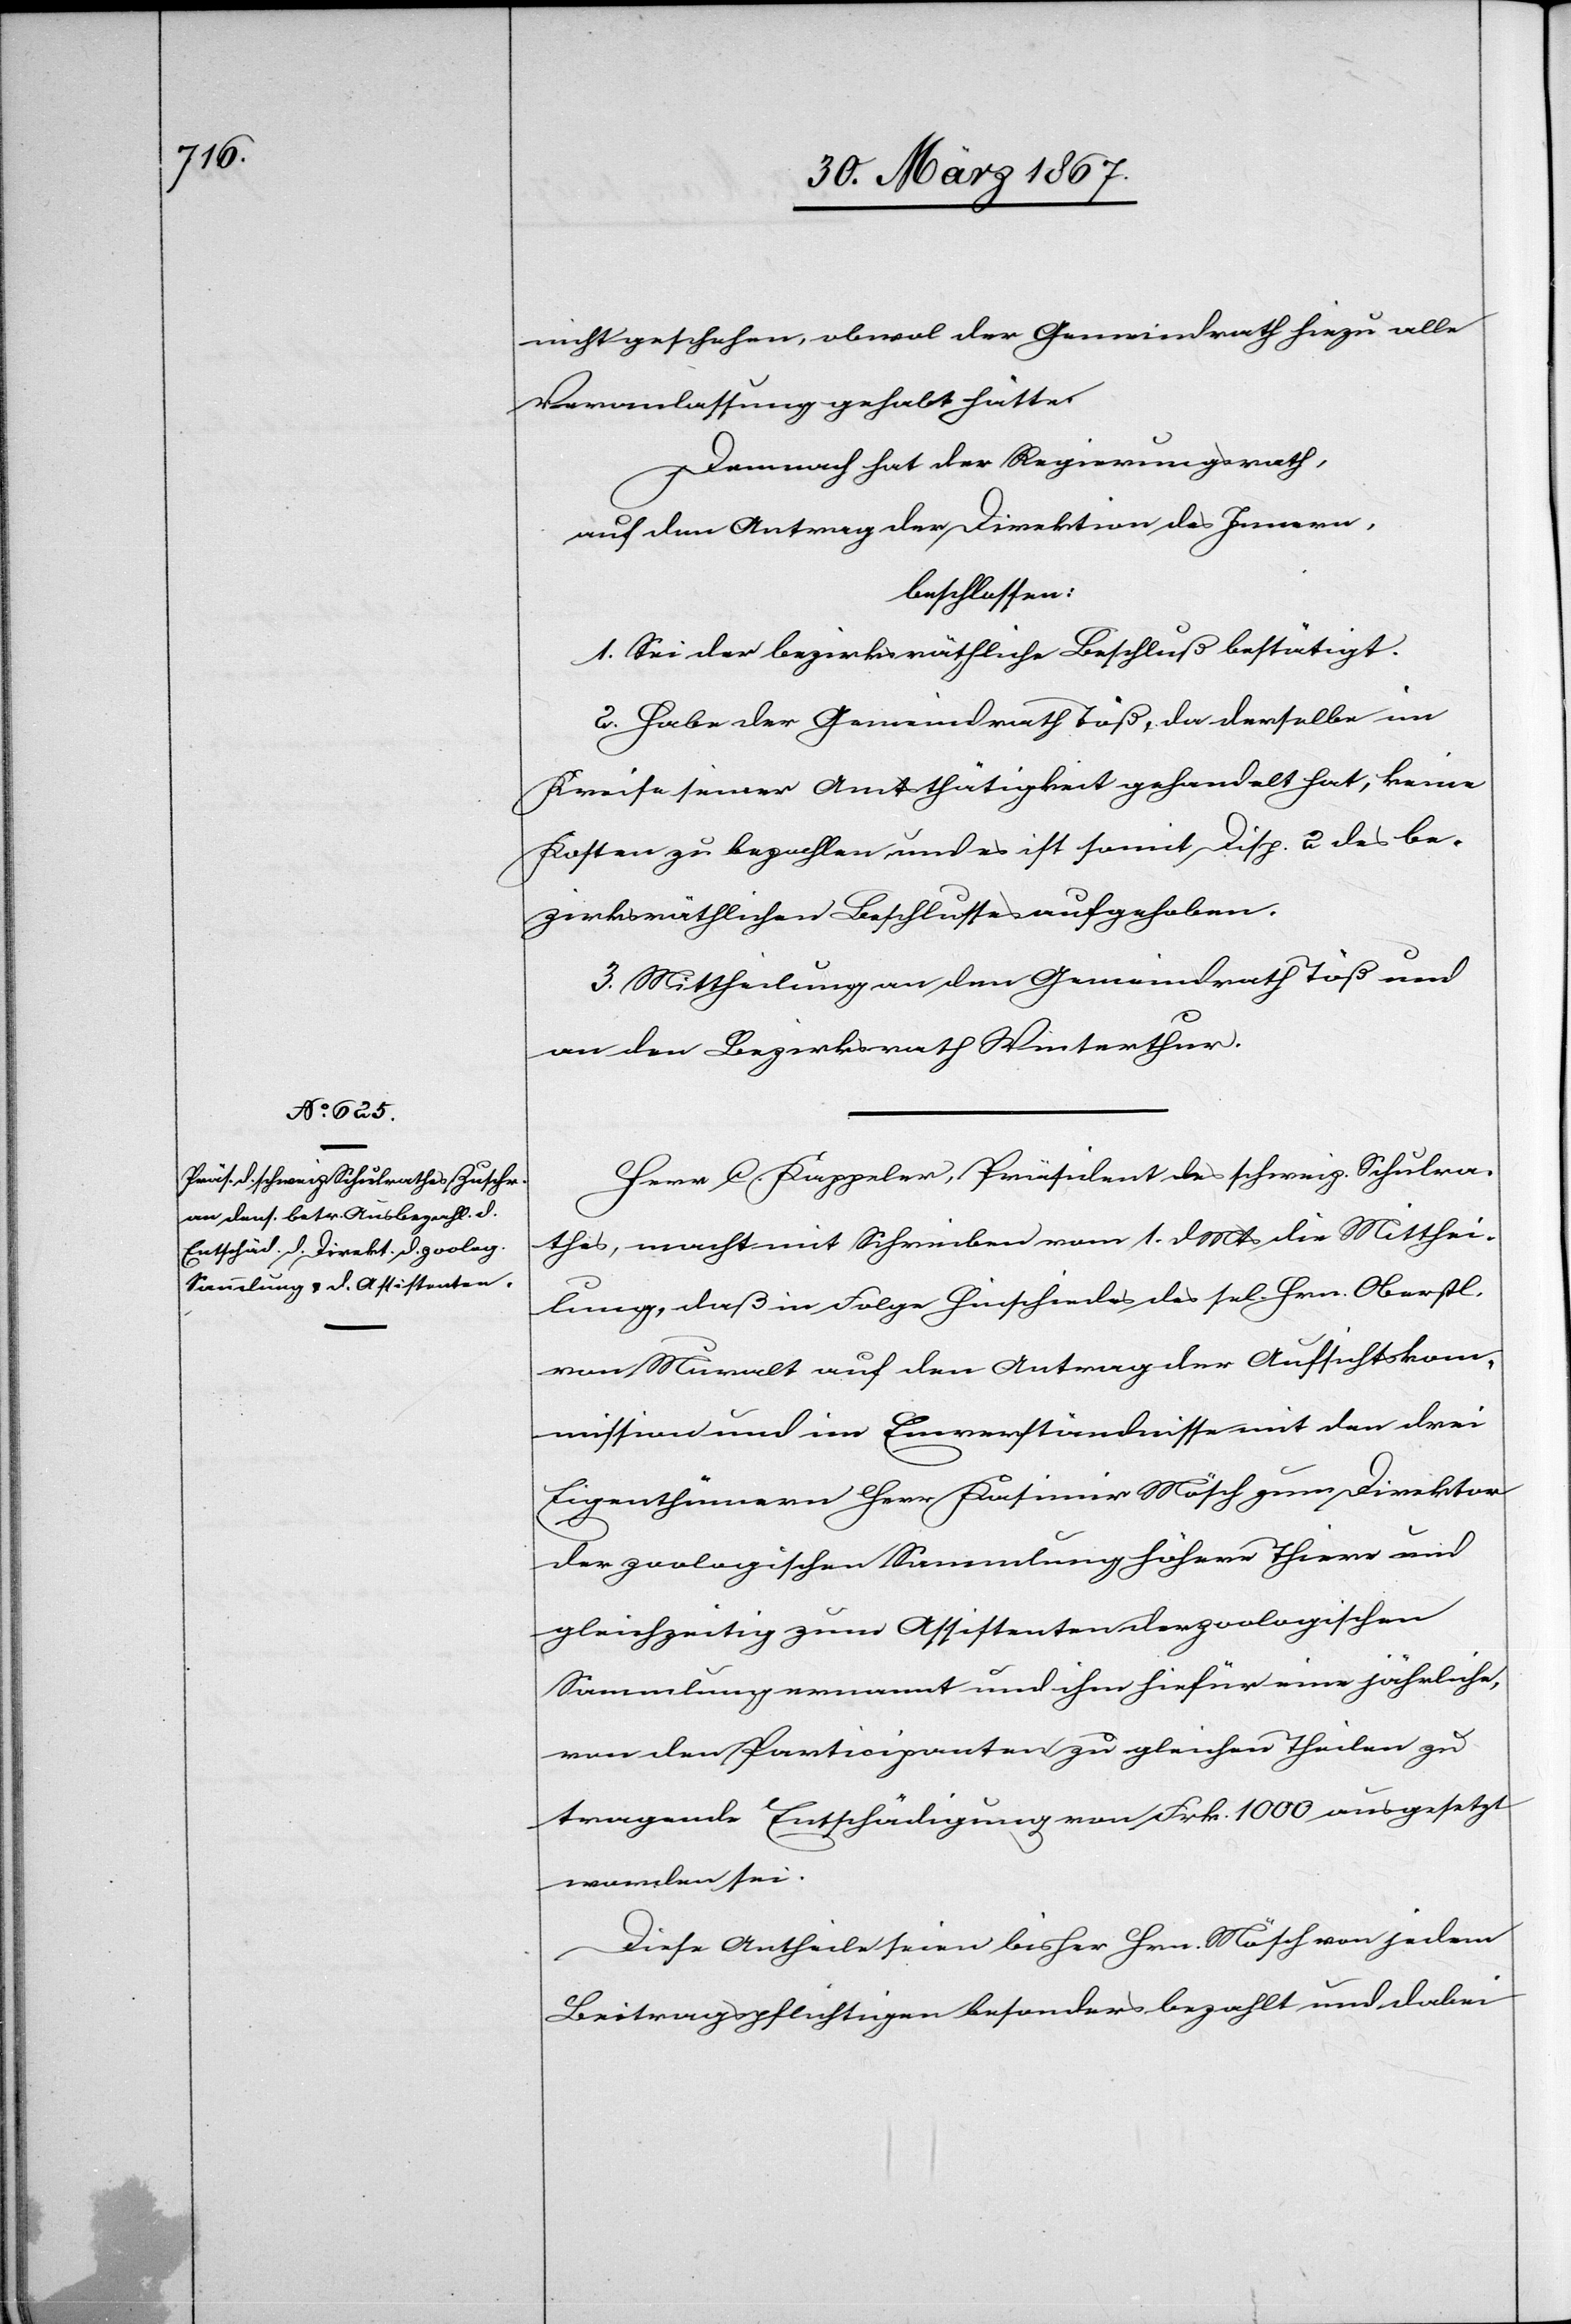
nicht geschehen, obwol der Gemeindrath hiezu alle
Veranlassungen gehabt hätte.
Demnach hat der Regierungsrath,
auf den Antrag der Direktion des Innern,
beschlossen:
1. Sei der bezirksräthliche Beschluß bestätigt.
2. Habe der Gemeindrath Töß, da derselbe im
Kreise seiner Amtsthätigkeit gehandelt hat, keine
Kosten zu bezahlen und es ist somit Disp. 2 des be¬
zirksräthlichen Beschlusses aufgehoben.
3. Mittheilung an den Gemeindrath Töß und
an den Bezirksrath Winterthur.
Herr C. Kappeler, Präsident des schweiz. Schulra¬
thes, macht mit Schreiben vom 1. d. Mts die Mitthei¬
lung, daß in Folge Hinschiedes des sel. Hrn. Oberstl.
von Muralt auf den Antrag der Aufsichtskom¬
mission und im Einverständnisse mit den drei
Eigenthümern Herr Kasimir Mösch zum Direktor
der zoologischen Sammlung höhrer Thiere und
gleichzeitig zum Assistenten der zoologischen
Sammlung ernennt und ihm hiefür eine jährliche,
von den Participanten zu gleichen Theilen zu
tragende Entschädigung von Frk. 1000 ausgesetzt
worden sei.
Diese Antheile seien bisher Hrn. Mösch von jedem
Beitragspflichtigen besonders bezahlt und dabei